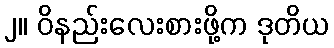
၂။ ဝိနည်းလေးစားဖို့က ဒုတိယ